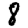
Digit: 8